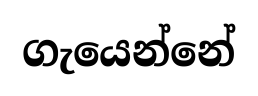
ගැයෙන්නේ